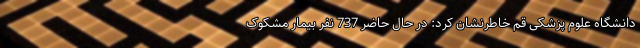
دانشگاه علوم پزشکی قم خاطرنشان کرد: در حال حاضر 737 نفر بیمار مشکوک